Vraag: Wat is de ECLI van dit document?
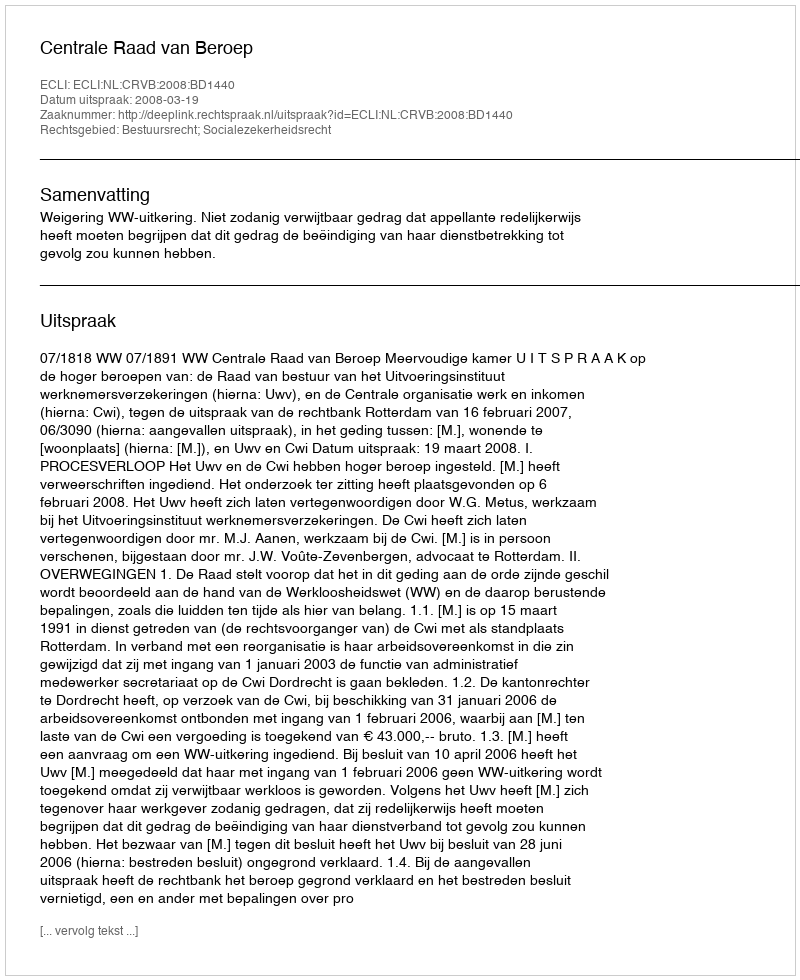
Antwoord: ECLI:NL:CRVB:2008:BD1440